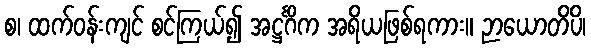
စ၊ ထက်ဝန်းကျင် စင်ကြယ်၍ အဋ္ဌင်္ဂိက အရိယဖြစ်ရကား။ ဉာယောတိပိ၊